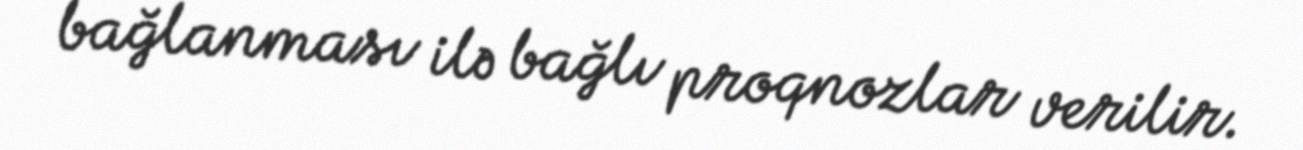
bağlanması ilə bağlı proqnozlar verilir.